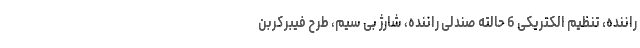
راننده، تنظیم الکتریکی 6 حالته صندلی راننده، شارژ بی سیم، طرح فیبرکربن